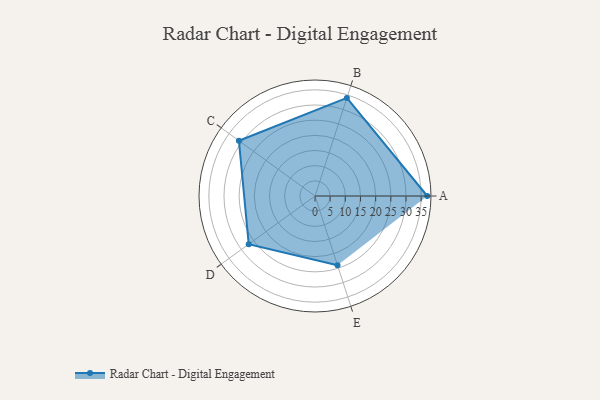
{"axis": {"x": "Skill", "y": "Score"}, "legend": ["Profile"], "data": [{"x": "A", "y": 37.0, "type": "Profile"}, {"x": "B", "y": 34.0, "type": "Profile"}, {"x": "C", "y": 31.0, "type": "Profile"}, {"x": "D", "y": 27.0, "type": "Profile"}, {"x": "E", "y": 24.0, "type": "Profile"}]}